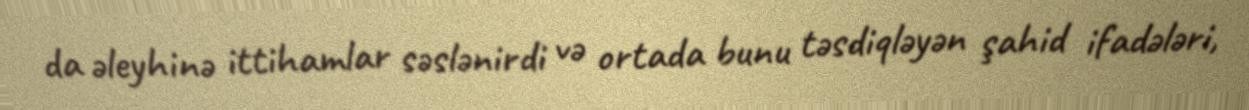
da əleyhinə ittihamlar səslənirdi və ortada bunu təsdiqləyən şahid ifadələri,